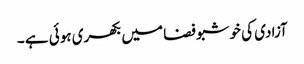
آزادی کی خوشبو فضا میں بکھری ہوئی ہے ۔